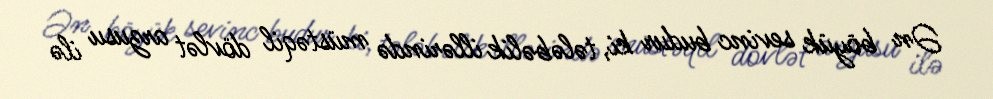
Ən böyük sevinc budur ki, tələbəlik illərində müstəqil dövlət arzusu ilə